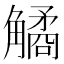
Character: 𧤾